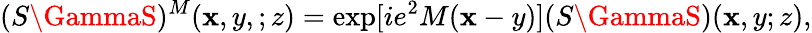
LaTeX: (S\GammaS)^{M}(\mathbf{x},y,;z)=\exp[ie^{2}M(\mathbf{x}-y)](S\GammaS)(\mathbf{x},y;z),